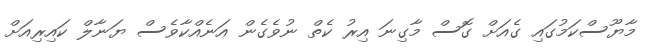
މާޔޫސްކަމުގައި ގެއަށް ގޮސް މާގިނަ އިރު ކެތް ނުވެގެން އަނެއްކާވެސް ޔަނާލް ކައިރިއަށް